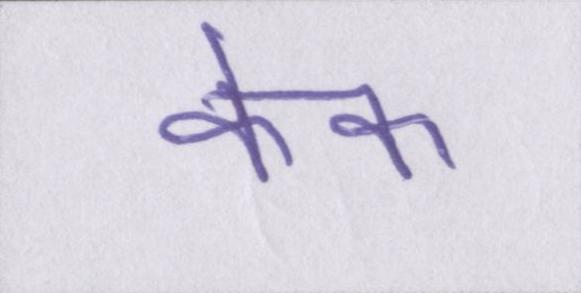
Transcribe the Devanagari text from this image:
केक